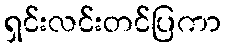
ရှင်းလင်းတင်ပြကာ